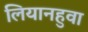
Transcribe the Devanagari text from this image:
लियानहुवा